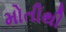
મોતીથી